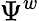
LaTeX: \Psi^{w}